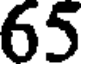
65